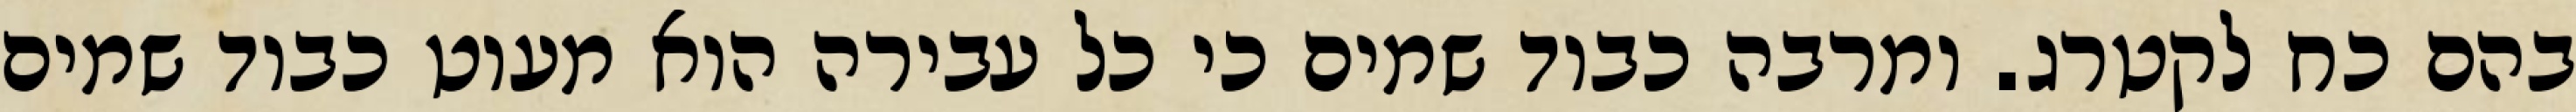
בהם כח לקטרג. ומרבה כבוד שמים כי כל עבירה הוא מעוט כבוד שמים